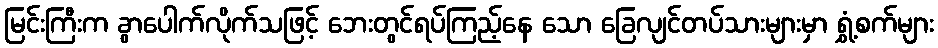
မြင်းကြီးက ခွာပေါက်လိုက်သဖြင့် ဘေးတွင်ရပ်ကြည့်နေ သော ခြေလျင်တပ်သားများမှာ ရွှံ့စက်များ